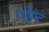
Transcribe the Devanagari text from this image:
पॉइंन्ट